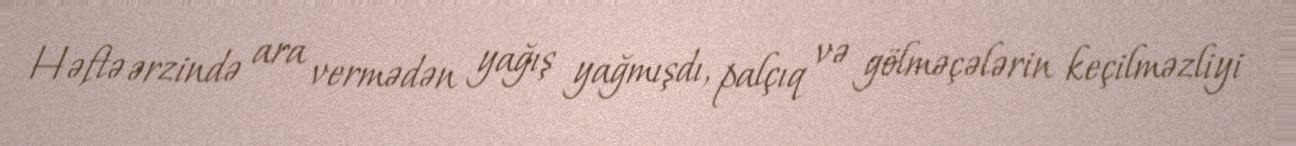
Həftə ərzində ara vermədən yağış yağmışdı, palçıq və gölməçələrin keçilməzliyi